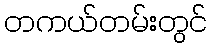
တကယ်တမ်းတွင်